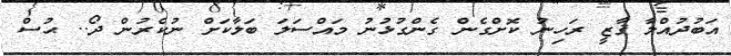
އަބުދުއްލާ ޤާޒީ ރަހިިނު ކޮށްގެން ގެންގުޅުނު މައްސަލަ ބަލާކަށް ނުކެރުން ދޯ.. ޙުސް